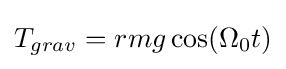
T_{grav}=rmg\cos(\Omega _{0}t)